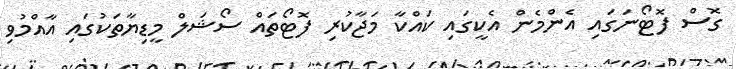
ގޮސް ފޮޓޯނަގައި އެންމެން އެކީގައި ކައްކާ މަޖާކުރި ފޮޓޯތައް ސޯޝަލް މީޑިޔާތަކުގައި އާއްމުވި